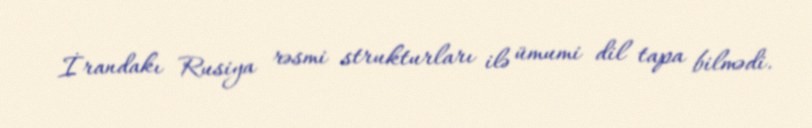
İrandakı Rusiya rəsmi strukturları ilə ümumi dil tapa bilmədi.